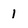
Character: 1